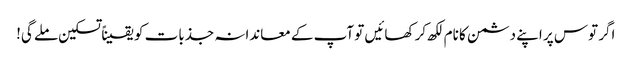
اگر توس پر اپنے دشمن کا نام لکھ کر کھائیں تو آپ کے معاندانہ جذبات کو یقیناً تسکین ملے گی!